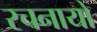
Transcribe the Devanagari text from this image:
रचनायों